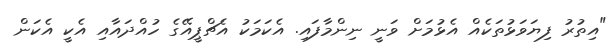
"އިތުރު ފިޔަވަޅުތަކެއް އެޅުމަށް ވަނީ ނިންމާފައި. އެކަމަކު އެޗްޕީއޭގެ ހުއްދައާއި އެކީ އެކަން